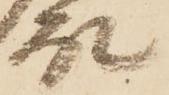
殿